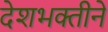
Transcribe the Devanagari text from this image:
देशभक्तीने